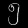
Digit: ၅